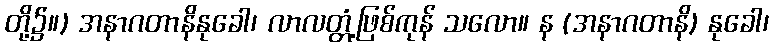
တို့၌။) အနာဂတာနိနုခေါ၊ လာလတ္တံ့ဖြစ်ကုန် သလော။ န (အနာဂတာနိ) နုခေါ၊